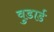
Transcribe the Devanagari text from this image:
वुडार्ड